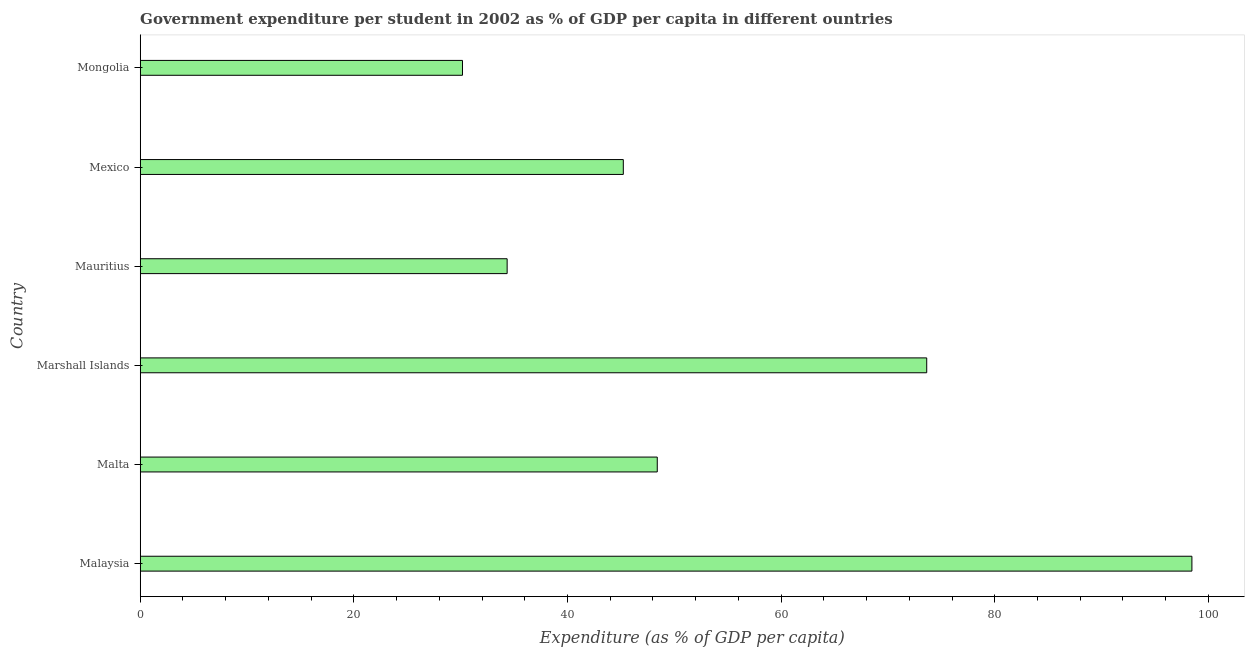
| Country | Government expenditure per tertiary student |
 | --- | --- |
 | Malaysia | 98.5 |
 | Malta | 48.4 |
 | Marshall Islands | 73.6 |
 | Mauritius | 34.3 |
 | Mexico | 45.2 |
 | Mongolia | 30.2 |